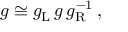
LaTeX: g \cong g _ { \mathrm { L } } ^ { \vphantom 1 } \, g \, g _ { \mathrm { R } } ^ { - 1 } \, ,